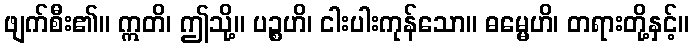
ဖျက်စီး၏။ ဣတိ၊ ဤသို့။ ပဉ္စဟိ၊ ငါးပါးကုန်သော။ ဓမ္မေဟိ၊ တရားတို့နှင့်။